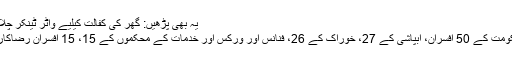
یہ بھی پڑھیں: گھر کی کفالت کیلیے واٹر ٹینکر چلانے والی 8 سالہ بچی کی ویڈیو وائرل
عدالت کو مزید بتایا گیا کہ بلدیاتی حکومت کے 50 افسران، آبپاشی کے 27، خوراک کے 26، فنانس اور ورکس اور خدمات کے محکموں کے 15، 15 افسران رضاکارانہ واپسی اسکیم میں شامل ہوئے ہیں۔